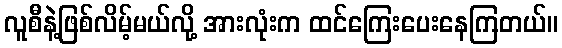
လူစီနဲ့ဖြစ်လိမ့်မယ်လို့ အားလုံးက ထင်ကြေးပေးနေကြတယ်။